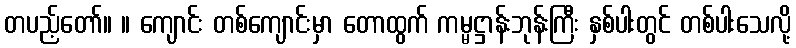
တပည့်တော်။ ။ ကျောင်း တစ်ကျောင်းမှာ တောထွက် ကမ္မဋ္ဌာန်းဘုန်းကြီး နှစ်ပါးတွင် တစ်ပါးသေလို့